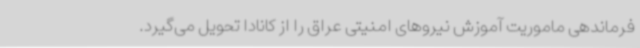
فرماندهی ماموریت آموزش نیروهای امنیتی عراق را از کانادا تحویل می‌گیرد.